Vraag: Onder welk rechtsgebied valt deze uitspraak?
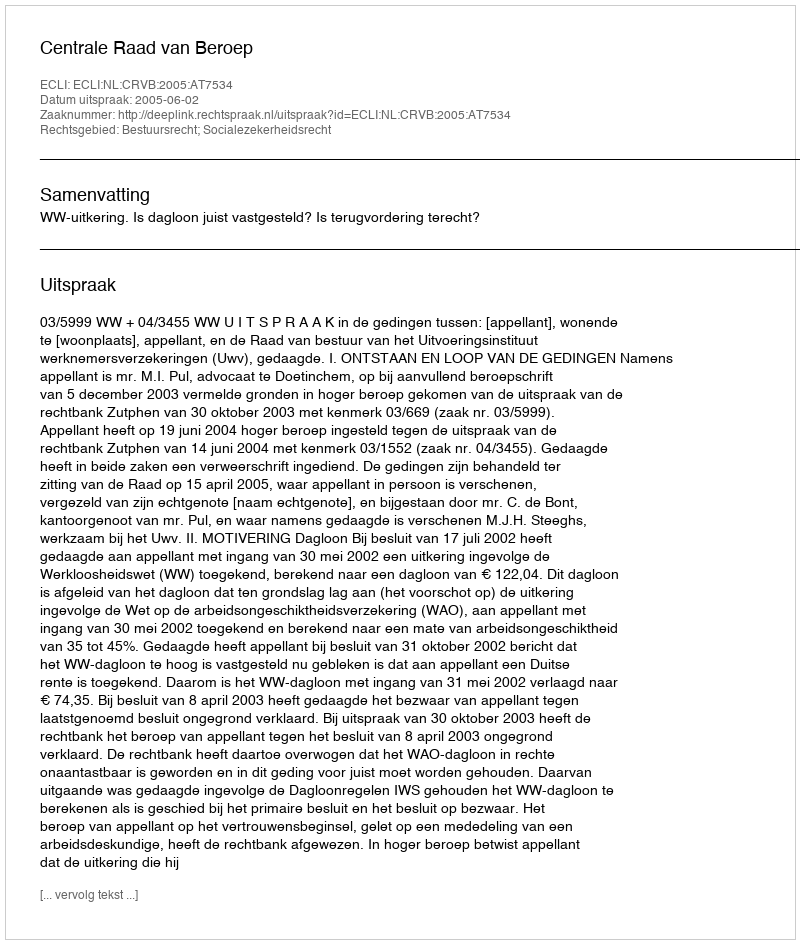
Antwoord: Bestuursrecht; Socialezekerheidsrecht